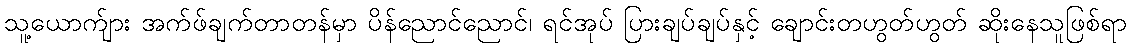
သူ့ယောက်ျား အက်ဖ်ချက်တာတန်မှာ ပိန်ညောင်ညောင်၊ ရင်အုပ် ပြားချပ်ချပ်နှင့် ချောင်းတဟွတ်ဟွတ် ဆိုးနေသူဖြစ်ရာ